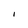
Character: I